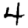
Digit: 4